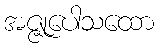
အဇ္ဇုပေါသထော